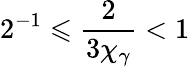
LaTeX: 2^{-1}\leqslant\frac{2}{3\chi_{\gamma}}<1